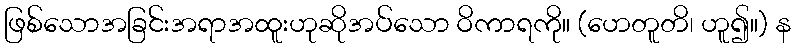
ဖြစ်သောအခြင်းအရာအထူးဟုဆိုအပ်သော ဝိကာရကို။ (ဟေတူတိ၊ ဟူ၍။) န